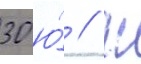
30 ю́ // Ш